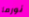
نورما